Vaccination North-Western Provinces and Oudh 1896-1901 - 1896-1901
Year: 1896
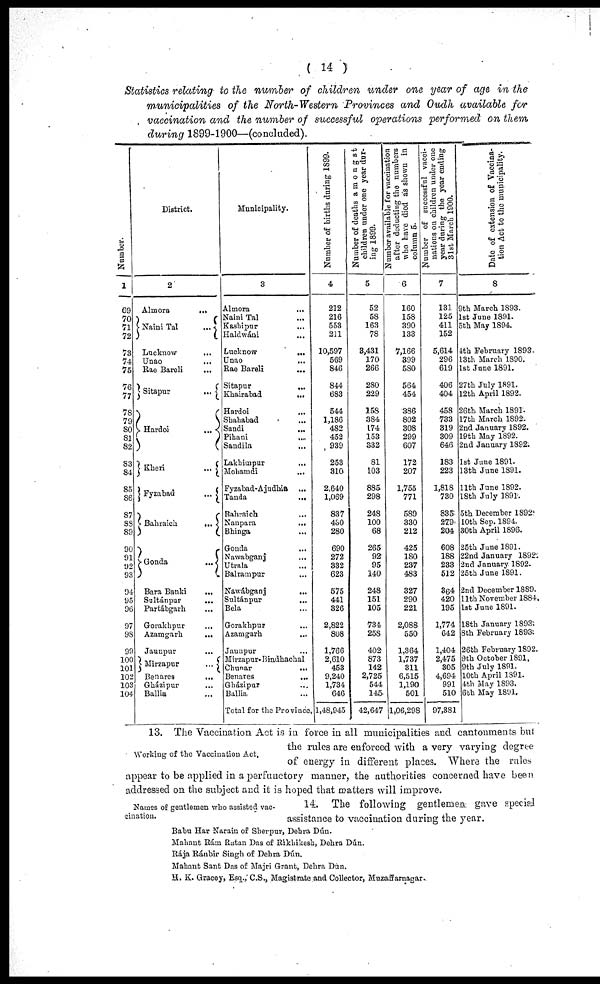
( 14 )
Statistics relating to the number of children under one year of age in the
municipalities of the North-Western Provinces and Oudh available for
vaccination and the number of successful operations performed on them
during 1899-1900—(concluded).
Number.
1
69
70
71
72
73
74
75
76
77
78
79
80 81
82
83
84
85
86
87
88
89
90
91
92
93
94
95
96
97
98
99
100
101
102
103
104
District.
2
Almora
...
Naini Tal
...
Lucknow
...
Unao ...
Rae Bareli
...
Sitapur
...
Hardoi
...
Kheri
...
Fyzabad
...
Bahraich
...
Gonda
...
Bara Banki ...
Sultánpur
...
Partábgarh ...
Gorakhpur ...
Azamgarh
...
Jaunpur ...
Mirzapur
...
Benares
...
Gházipur
Ballia ...
Municipality.
3
Almora
...
Naini Tal ...
Kashipur ...
Haldwáni ...
Lucknow
...
Unao ...
Rae Bareli ...
Sitapur
...
Khairabad
...
Hardoi ...
Shahabad ...
Sandi
...
Pihani ...
Sandila ...
Lakhimpur
...
Mohamdi ...
Fyzabad-Ajudhia
...
Tanda
...
Bahraich ...
Nanpara
...
Bhinga ...
Gonda ...
Nawabganj ...
Utrala
...
Balrampur ...
Nawábganj ...
Sultánpur
...
Bela ...
Gorakhpur ...
Azamgarh ...
Jaunpur ...
Mirzapur- Bindhachal
Chunar
...
Benares
...
Gházipur ...
Ballia ...
Total for the Province
Number of births during 1899.
4
212
216
553
211
10,597
569
846
844
683
544
1,186
482
452
939
253
310
2,640
1,069
837
430
280
690
272
332
623
575
441
326
2,822
808
1,766
2,610
453
9,240
1,734
646
1,48,945
Number of deaths amongst
children under one year dur-
ing 1899.
5
52
58
163
78
3,431
170
266
280
229
158
384
174
153
332
81
103
885
298
248
100
68
265
92
95
140
248
151
105
734
258
402
873
142
2,725
544
145
42,647
Number available for vaccination
after deducting the numbers
who have died as shown in
column 5.
6
160
158
390
133
7,166
399
580
564
454
386
802
308
299
607
172
207
1,755
771
589
330
212
425
180
237
483
327
290
221
2,088
550
1,364
1,737
311
6,515
1,190
501
1,06,298
Number of successful vacci-
nations on children under one
year during the year ending
31st March 1900.
7
131
125
411
152
5,614
296
619
406
404
458
733
319
309
646
183
223
1,818
730
835
279
204
608
188
233
512
364
420
195
1,774
642
1,404
2,475
305
4,694
991
510
97,381
Date of extension of Vaccina-
tion Act to the municipality.
8
9th March 1893.
1st June 1891.
5th May 1894.
4th February 1893.
13th March 1890.
1st June 1891.
27th July 1891.
12th April 1892.
26th. March 1891.
17th March 1892.
2nd January 1892.
19th May 1892.
2nd January 1892.
1st June 1891.
13th June 1891.
11th June 1892.
18th July 1891.
5th December 1892.
10th Sep. 1894.
30th April 1896.
25th June 1891.
22nd January 1892.
2nd January. 1892.
25th June 1891.
2nd December 1889.
11th November 1884.
1st June 1891.
18th January 1893.
8th February 1893.
26th February 1892.
9th October 1891.
9th July 1891.
10th April 1891.
4th May 1893.
6th May 1891.
Working of the Vaccination Act.
13. The Vaccination Act is in force in all municipalities and cantonments but
the rules are enforced with a very varying degree
of energy in different places. Where the rules
appear to be applied in a perfunctory manner, the authorities concerned have been
addressed on the subject and it is hoped that matters will improve.
Names of gentlemen who assisted vac-
cination.
14. The following gentlemen gave special
assistance to vaccination during the year.
Babu Har Narain of Sherpur, Dehra Dún.
Mahant Rám Ratan Das of Rikhikesh, Dehra Dún.
Rája Ránbir Singh of Dehra Dún.
Mahant Sant Das of Majri Grant, Dehra Dún.
H. K. Gracey, Esq., C.S., Magistrate and Collector, Muzaffarnagar.